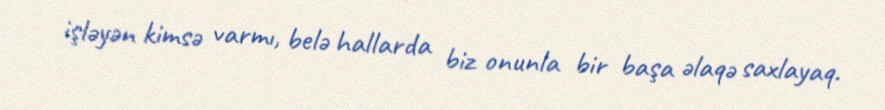
işləyən kimsə varmı, belə hallarda biz onunla bir başa əlaqə saxlayaq.